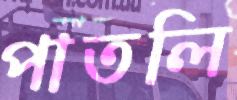
পাতলি